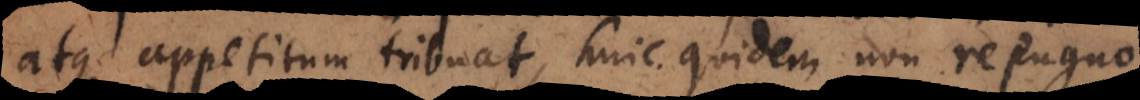
atque appetitum tribuat, huic quidem non repugno